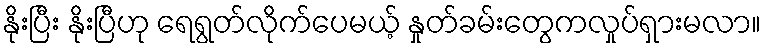
နိုးပြီး နိုးပြီဟု ရေရွတ်လိုက်ပေမယ့် နှုတ်ခမ်းတွေကလှုပ်ရှားမလာ။